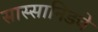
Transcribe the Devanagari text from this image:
सास्सानिडचे